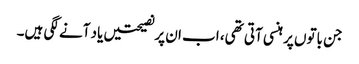
جن باتوں پر ہنسی آتی تھی، اب ان پرنصیحتیں یاد آنے لگی ہیں۔